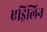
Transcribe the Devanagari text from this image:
एड्रिलिन